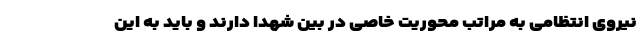
نیروی انتظامی به مراتب محوریت خاصی در بین شهدا دارند و باید به این